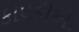
કાપડીઆ